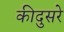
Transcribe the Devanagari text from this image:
कीदुसरे